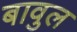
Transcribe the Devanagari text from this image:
बावुल